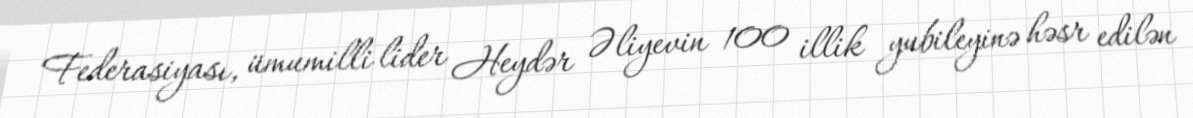
Federasiyası, ümumilli lider Heydər Əliyevin 100 illik yubileyinə həsr edilən